Annual report of the Central Committee of the Association together with the report of the directors of the Pasteur Institute at Kasauli
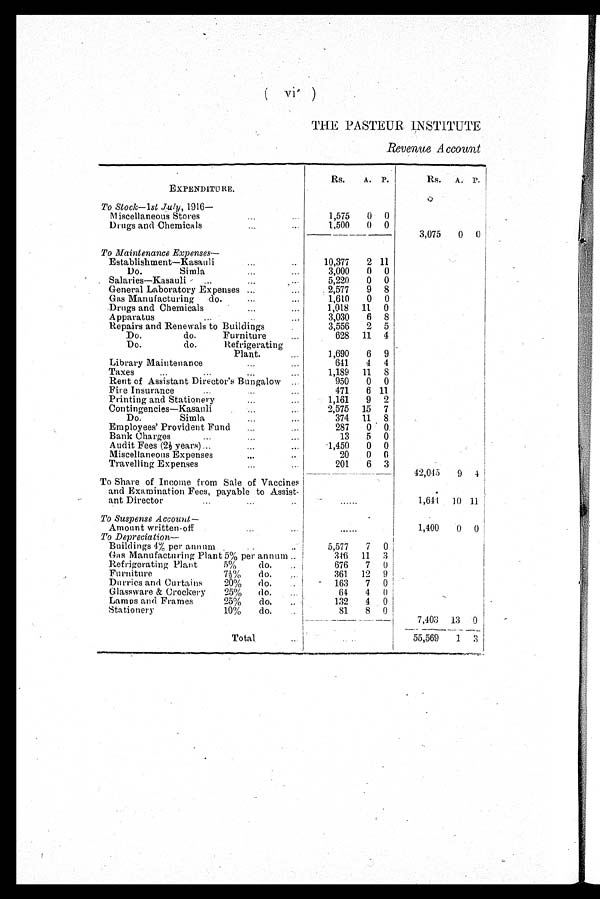
(vi)
THE PASTEUR INSTITUTE
R e v e n u e A c c o u n t
EXPENDITURE.
Rs.
A. P.
Rs. A. P.
To Stock-lst July, 1916—
Miscellaneous Stores
1,575
0 0
Drugs and Chemicals
1,500
0 0
3,075
0 0
To Maintenance Expenses--
Establishment—Kasauli
10,377
2 11
Do. Simla
3,000
0 0
Salaries—Kasauli
5,220
0 0
General Laboratory Expenses
2,577
9 8
Gas Manufacturing do
1,610
0 0
Drugs and Chemicals
1,018 11 0
Apparatus
3,030
6 8
Repairs and Renewals to Buildings
3,556
2 5
Do. do. Furniture
628 11 4
Do. do. Refrigerating
Plant.
1,690
6 9
Library Maintenance.
641
4 4
Taxes
1,189 11 8
Rent of Assistant Director's Bungalow
950
0 0
Fire Insurance
471
6 11
Printing and Stationery
1,161
9 2
Contingencies—Kasauli
2,575 15 7
Do. Simla
374 11 8
Employees' Provident Fund
287
0 0
Bank Chargs
13
5 0
Audit Fees (2 1/2 years)
1,450
0 0
Miscellaneous Expenses
2 0 0
6
Travelling Expenses
201
6 3
42,045
9 4
To Share of Income from Sale of Vaccines
and Examination Fees, payable to Assist-
ant Director
. . . . . .
1,644 10 11
To Suspense Account—
Amount written-off
......
1,400
0 0
To Depreciation—
Buildings 4% per annum
5,577
7 0
Gas Manufacturing Plant 5% per annum ..
3 4 6 11 3
Refrigerating Plant
5%
do.
676
7 0
Furniture 7 1/2% do.
361
12 9
Durries and Curtains 20% do
163
7 0
Glassware & Crockery 25% do.
64
4 0
Lamps and Frames 25% do.
132
4 0
Stationery 10% do.
81
8 0
7,403 13 0
Total
55,569
1 3